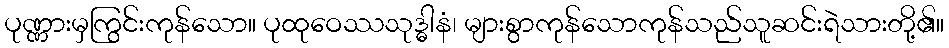
ပုဏ္ဏားမှကြွင်းကုန်သော။ ပုထုဝေဿသုဒ္ဓါနံ၊ များစွာကုန်သောကုန်သည်သူဆင်းရဲသားတို့၏။